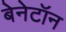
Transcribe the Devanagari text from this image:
बेनेटॉन